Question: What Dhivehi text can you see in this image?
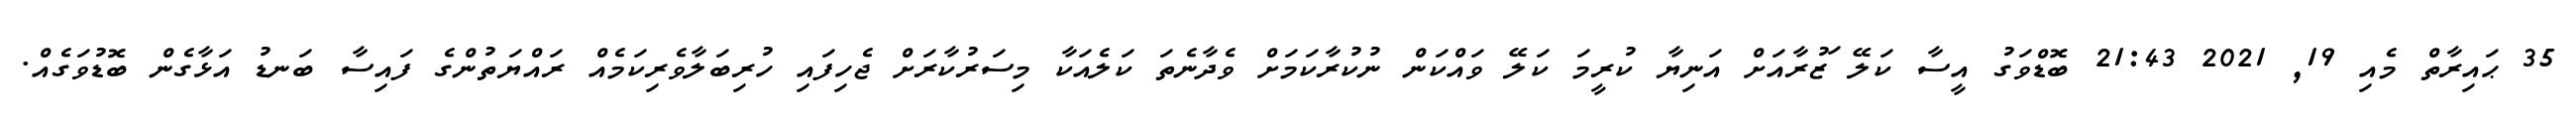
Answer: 35 ޙައިރާތް މެއި 19, 2021 21:43 ބޮޑްވަގު އީސާ ކަލޭ ަޒުރާއަށް އަނިޔާ ކުރީމަ ކަލޭ ވައްކަން ނުކުރާކަމަށް ވެދާނެތަ ކަލެއަކާ މިސަރުކާރަށް ޖެހިފައި ހުރިބަލާވެރިކަމެއް ރައްޔަތުންގެ ފައިސާ ބަނޑު އަޅާގެން ބޮޑުވަގެއް.